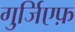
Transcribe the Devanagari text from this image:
गुर्जि़एफ़